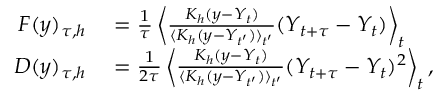
\begin{array} { r l } { F ( y ) _ { \tau , h } } & { { } = \frac { 1 } { \tau } \left\langle \frac { K _ { h } ( y - Y _ { t } ) } { \langle K _ { h } ( y - Y _ { t ^ { \prime } } ) \rangle _ { t ^ { \prime } } } ( Y _ { t + \tau } - Y _ { t } ) \right\rangle _ { t } } \\ { D ( y ) _ { \tau , h } } & { { } = \frac { 1 } { 2 \tau } \left\langle \frac { K _ { h } ( y - Y _ { t } ) } { \langle K _ { h } ( y - Y _ { t ^ { \prime } } ) \rangle _ { t ^ { \prime } } } ( Y _ { t + \tau } - Y _ { t } ) ^ { 2 } \right\rangle _ { t } , } \end{array}